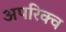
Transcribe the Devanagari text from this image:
अपरिक्व